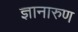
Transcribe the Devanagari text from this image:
ज्ञानारुण